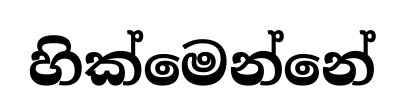
හික්මෙන්නේ